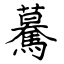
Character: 驀